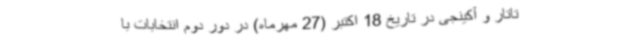
تاتار و آکینجی در تاریخ 18 اکتبر (27 مهرماه) در دور دوم انتخابات با